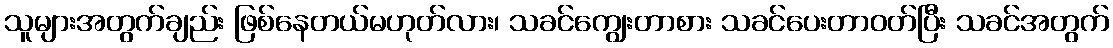
သူများအတွက်ချည်း ဖြစ်နေတယ်မဟုတ်လား၊ သခင်ကျွေးတာစား သခင်ပေးတာဝတ်ပြီး သခင်အတွက်